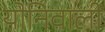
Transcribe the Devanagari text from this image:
योनिवाली